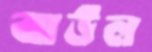
ঝাউল